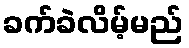
ခက်ခဲလိမ့်မည်